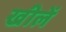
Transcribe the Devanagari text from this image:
खीलें